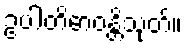
ဥပါတိဓာဝန္တိသုတ်။